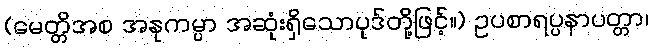
(မေတ္တိအစ အနုကမ္ပာ အဆုံးရှိသောပုဒ်တို့ဖြင့်။) ဥပစာရပ္ပနာပတ္တာ၊